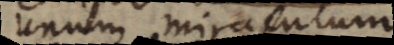
unum miraculum